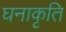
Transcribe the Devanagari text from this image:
घनाकृति